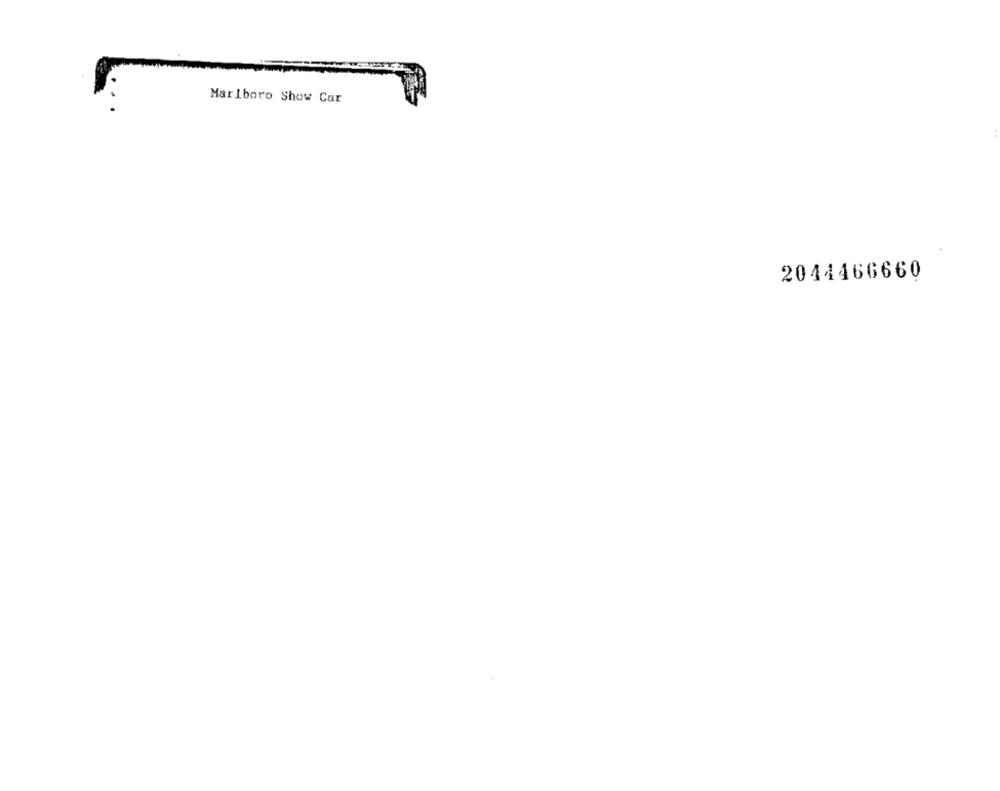
Marlboro Show Car
2044466660